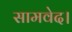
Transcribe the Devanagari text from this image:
सामवेद।